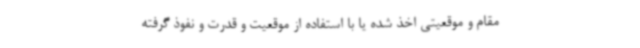
مقام و موقعیتی اخذ شده یا با استفاده از موقعیت و قدرت و نفوذ گرفته